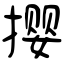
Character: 撄